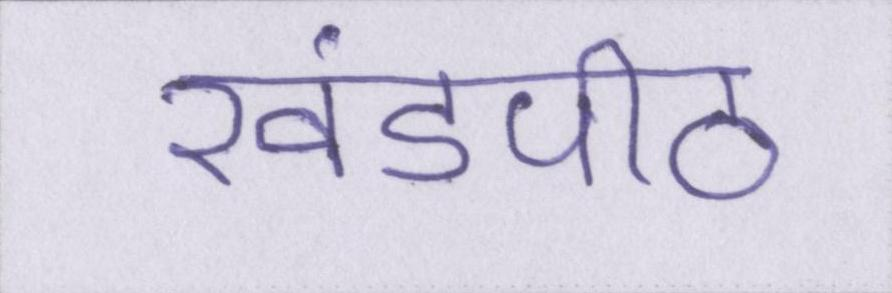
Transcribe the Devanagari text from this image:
खंडपीठ